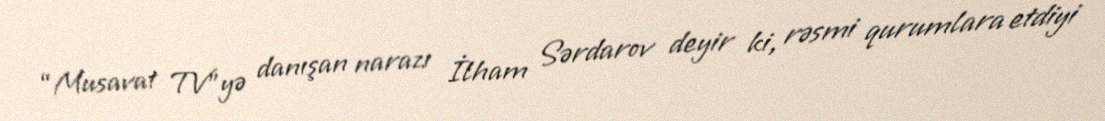
“Musavat TV”yə danışan narazı İlham Sərdarov deyir ki, rəsmi qurumlara etdiyi